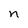
Character: n